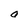
Character: O